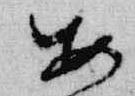
安